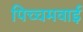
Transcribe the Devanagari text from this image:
पिच्चमवाई